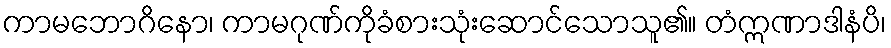
ကာမဘောဂိနော၊ ကာမဂုဏ်ကိုခံစားသုံးဆောင်သောသူ၏။ တံဣဏာဒါနံပိ၊